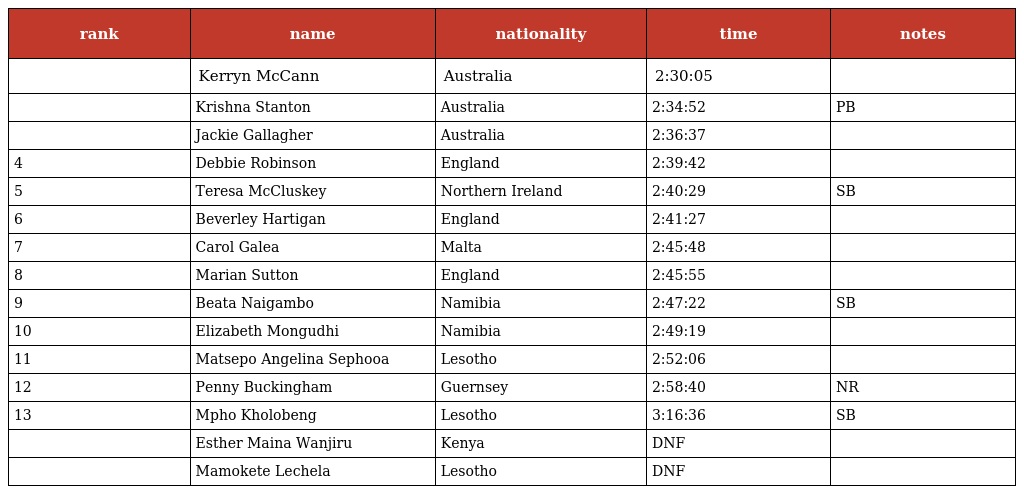
| rank | name | nationality | time | notes |
 | --- | --- | --- | --- | --- |
 |  | Kerryn McCann | Australia | 2:30:05 |  |
 |  | Krishna Stanton | Australia | 2:34:52 | PB |
 |  | Jackie Gallagher | Australia | 2:36:37 |  |
 | 4 | Debbie Robinson | England | 2:39:42 |  |
 | 5 | Teresa McCluskey | Northern Ireland | 2:40:29 | SB |
 | 6 | Beverley Hartigan | England | 2:41:27 |  |
 | 7 | Carol Galea | Malta | 2:45:48 |  |
 | 8 | Marian Sutton | England | 2:45:55 |  |
 | 9 | Beata Naigambo | Namibia | 2:47:22 | SB |
 | 10 | Elizabeth Mongudhi | Namibia | 2:49:19 |  |
 | 11 | Matsepo Angelina Sephooa | Lesotho | 2:52:06 |  |
 | 12 | Penny Buckingham | Guernsey | 2:58:40 | NR |
 | 13 | Mpho Kholobeng | Lesotho | 3:16:36 | SB |
 |  | Esther Maina Wanjiru | Kenya | DNF |  |
 |  | Mamokete Lechela | Lesotho | DNF |  |